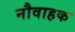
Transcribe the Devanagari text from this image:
नौवाहक